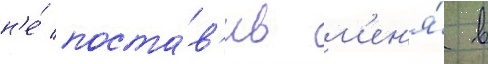
н'е́ поста́в'ив м'ен'я́ в